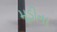
મૂડીના